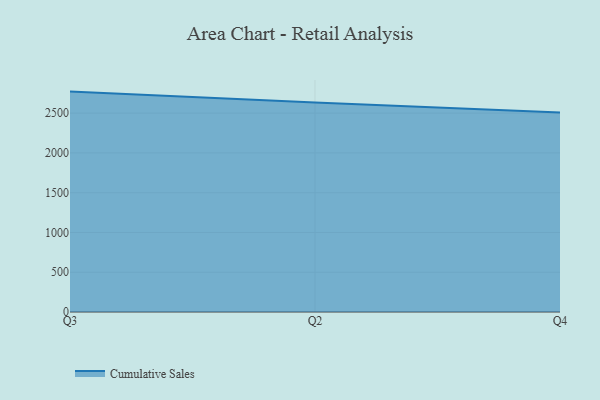
{"axis": {"x": "Quarter", "y": "Page Views"}, "legend": ["Cumulative Sales"], "data": [{"x": "Q3", "y": 2770.8, "type": "Cumulative Sales"}, {"x": "Q2", "y": 2632.7, "type": "Cumulative Sales"}, {"x": "Q4", "y": 2506.8, "type": "Cumulative Sales"}]}